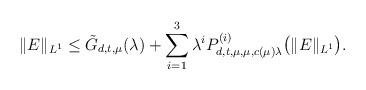
LaTeX: \begin{align*}\|E\|_{L^1} \leq \tilde G_{d,t,\mu}(\lambda)+\sum_{i=1}^3\lambda^i P^{(i)}_{d,t,\mu,\mu,c(\mu)\lambda}\big(\|E\|_{L^1}\big).\end{align*}